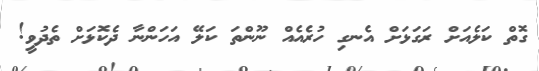
ގޮތް ކަލެއަށް ރަގަޅަށް އެނގި ހުރެއެއް ނޫންތަ ކަލޭ އަހަންނާ ދެކޮޅަށް ތެދުވީ!